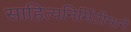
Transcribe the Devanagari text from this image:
साहित्यनिर्मितीमागे